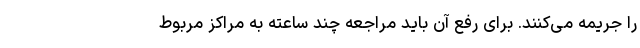
را جریمه می‌کنند. برای رفع آن باید مراجعه چند ساعته به مراکز مربوط